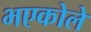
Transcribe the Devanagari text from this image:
भएकोले